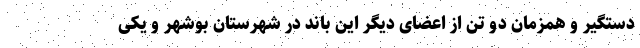
دستگیر و همزمان دو تن از اعضای دیگر این باند در شهرستان بوشهر و یکی